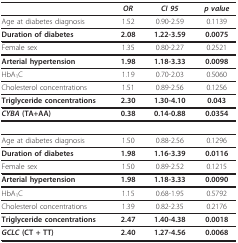
|  | OR | CI 95 | p value |
 | --- | --- | --- | --- |
 | Age at diabetes diagnosis | 1.52 | 0.90-2.59 | 0.1139 |
 | Duration of diabetes | 2.08 | 1.22-3.59 | 0.0075 |
 | Female sex | 1.35 | 0.80-2.27 | 0.2521 |
 | Arterial hypertension | 1.98 | 1.18-3.33 | 0.0098 |
 | HbA1C | 1.19 | 0.70-2.03 | 0.5060 |
 | Cholesterol concentrations | 1.51 | 0.89-2.56 | 0.1256 |
 | Triglyceride concentrations | 2.30 | 1.30-4.10 | 0.043 |
 | CYBA (TA+AA) | 0.38 | 0.14-0.88 | 0.0354 |
 | Age at diabetes diagnosis | 1.50 | 0.88-2.56 | 0.1296 |
 | Duration of diabetes | 1.98 | 1.16-3.39 | 0.0116 |
 | Female sex | 1.50 | 0.89-2.52 | 0.1215 |
 | Arterial hypertension | 1.98 | 1.18-3.33 | 0.0090 |
 | HbA1C | 1.15 | 0.68-1.95 | 0.5792 |
 | Cholesterol concentrations | 1.39 | 0.82-2.35 | 0.2176 |
 | Triglyceride concentrations | 2.47 | 1.40-4.38 | 0.0018 |
 | GCLC (CT + TT) | 2.40 | 1.27-4.56 | 0.0068 |